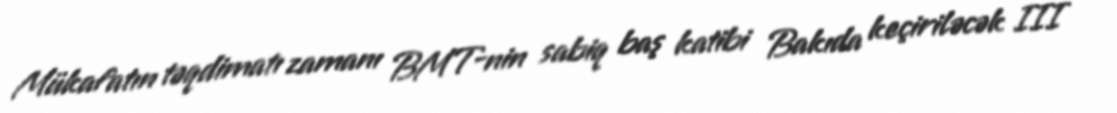
Mükafatın təqdimatı zamanı BMT-nin sabiq baş katibi Bakıda keçiriləcək III